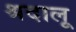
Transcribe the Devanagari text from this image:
श्रदालू